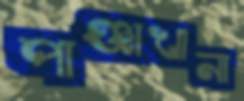
পাঞ্জাখানা